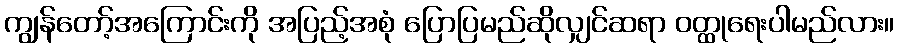
ကျွန်တော့်အကြောင်းကို အပြည့်အစုံ ပြောပြမည်ဆိုလျှင်ဆရာ ဝတ္ထုရေးပါမည်လား။